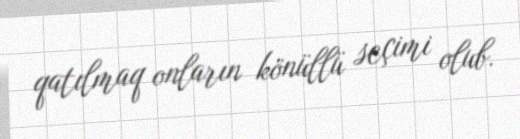
qatılmaq onların könüllü seçimi olub.